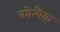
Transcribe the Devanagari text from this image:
कोन्यैक